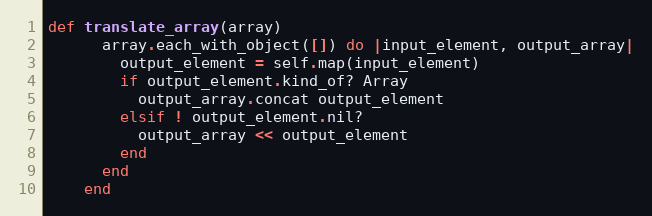
Language: Ruby
def translate_array(array)
      array.each_with_object([]) do |input_element, output_array|
        output_element = self.map(input_element)
        if output_element.kind_of? Array
          output_array.concat output_element
        elsif ! output_element.nil?
          output_array << output_element
        end
      end
    end